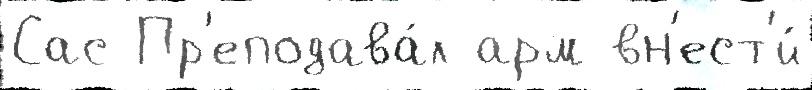
Сас Пр'еподава́л арм вн'ест'и́